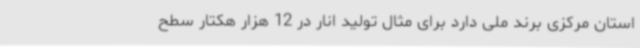
استان مرکزی برند ملی دارد برای مثال تولید انار در 12 هزار هکتار سطح